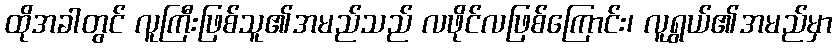
ထိုအခါတွင် လူကြီးဖြစ်သူ၏အမည်သည် လဖိုင်လဖြစ်ကြောင်း၊ လူရွယ်၏အမည်မှာ